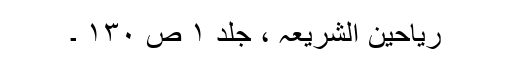
ریاحین الشریعہ ، جلد ۱ ص ۱۳۰ ۔